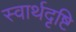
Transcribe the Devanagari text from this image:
स्वार्थदृष्टि